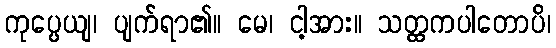
ကုပ္ပေယျ၊ ပျက်ရာ၏။ မေ၊ ငါ့အား။ သတ္ထကပါတောပိ၊